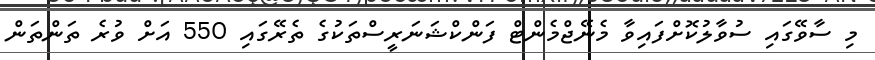
މި ސާވޭގައި ސުވާލުކޮށްފައިވާ މެނޭޖްމެންޓް ފަންކްޝަނަރީސްތަކުގެ ތެރޭގައި 550 އަށް ވުރެ ތަންތަން